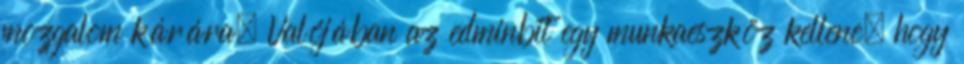
mozgalom kárára. Valójában az edminbit egy munkaeszköz kellene, hogy